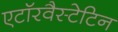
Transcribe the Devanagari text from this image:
एटॉरवैस्टेटिन